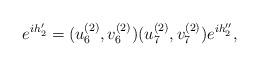
LaTeX: \begin{align*}e^{ih_2'}=(u_6^{(2)},v_6^{(2)})(u_7^{(2)},v_7^{(2)})e^{ih_2''},\end{align*}